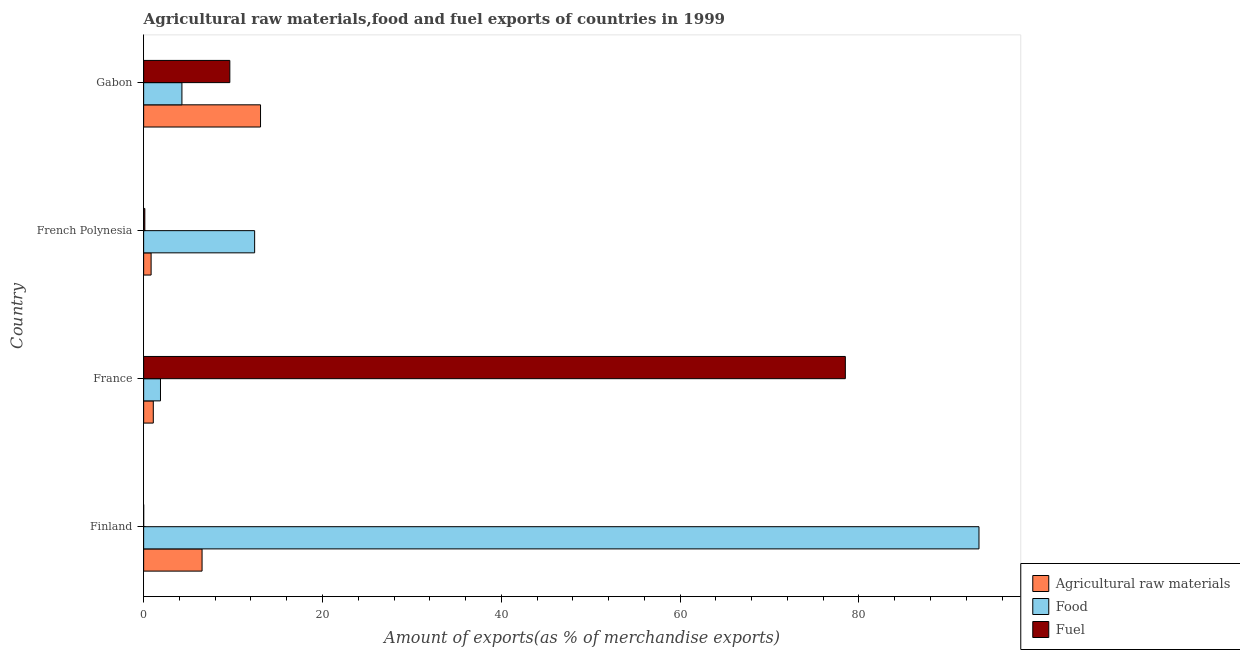
| Country | Agricultural raw materials | Food | Fuel |
 | --- | --- | --- | --- |
 | Finland | 6.53 | 93.4 | 0.00165 |
 | France | 1.08 | 1.88 | 78.5 |
 | French Polynesia | 0.834 | 12.4 | 0.133 |
 | Gabon | 13.1 | 4.28 | 9.64 |